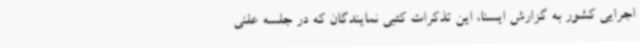
اجرایی کشور به گزارش ایسنا، این تذکرات کتبی نمایندگان که در جلسه علنی